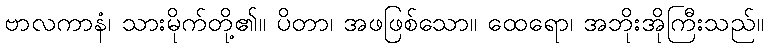
ဗာလကာနံ၊ သားမိုက်တို့၏။ ပိတာ၊ အဖဖြစ်သော။ ထေရော၊ အဘိုးအိုကြီးသည်။